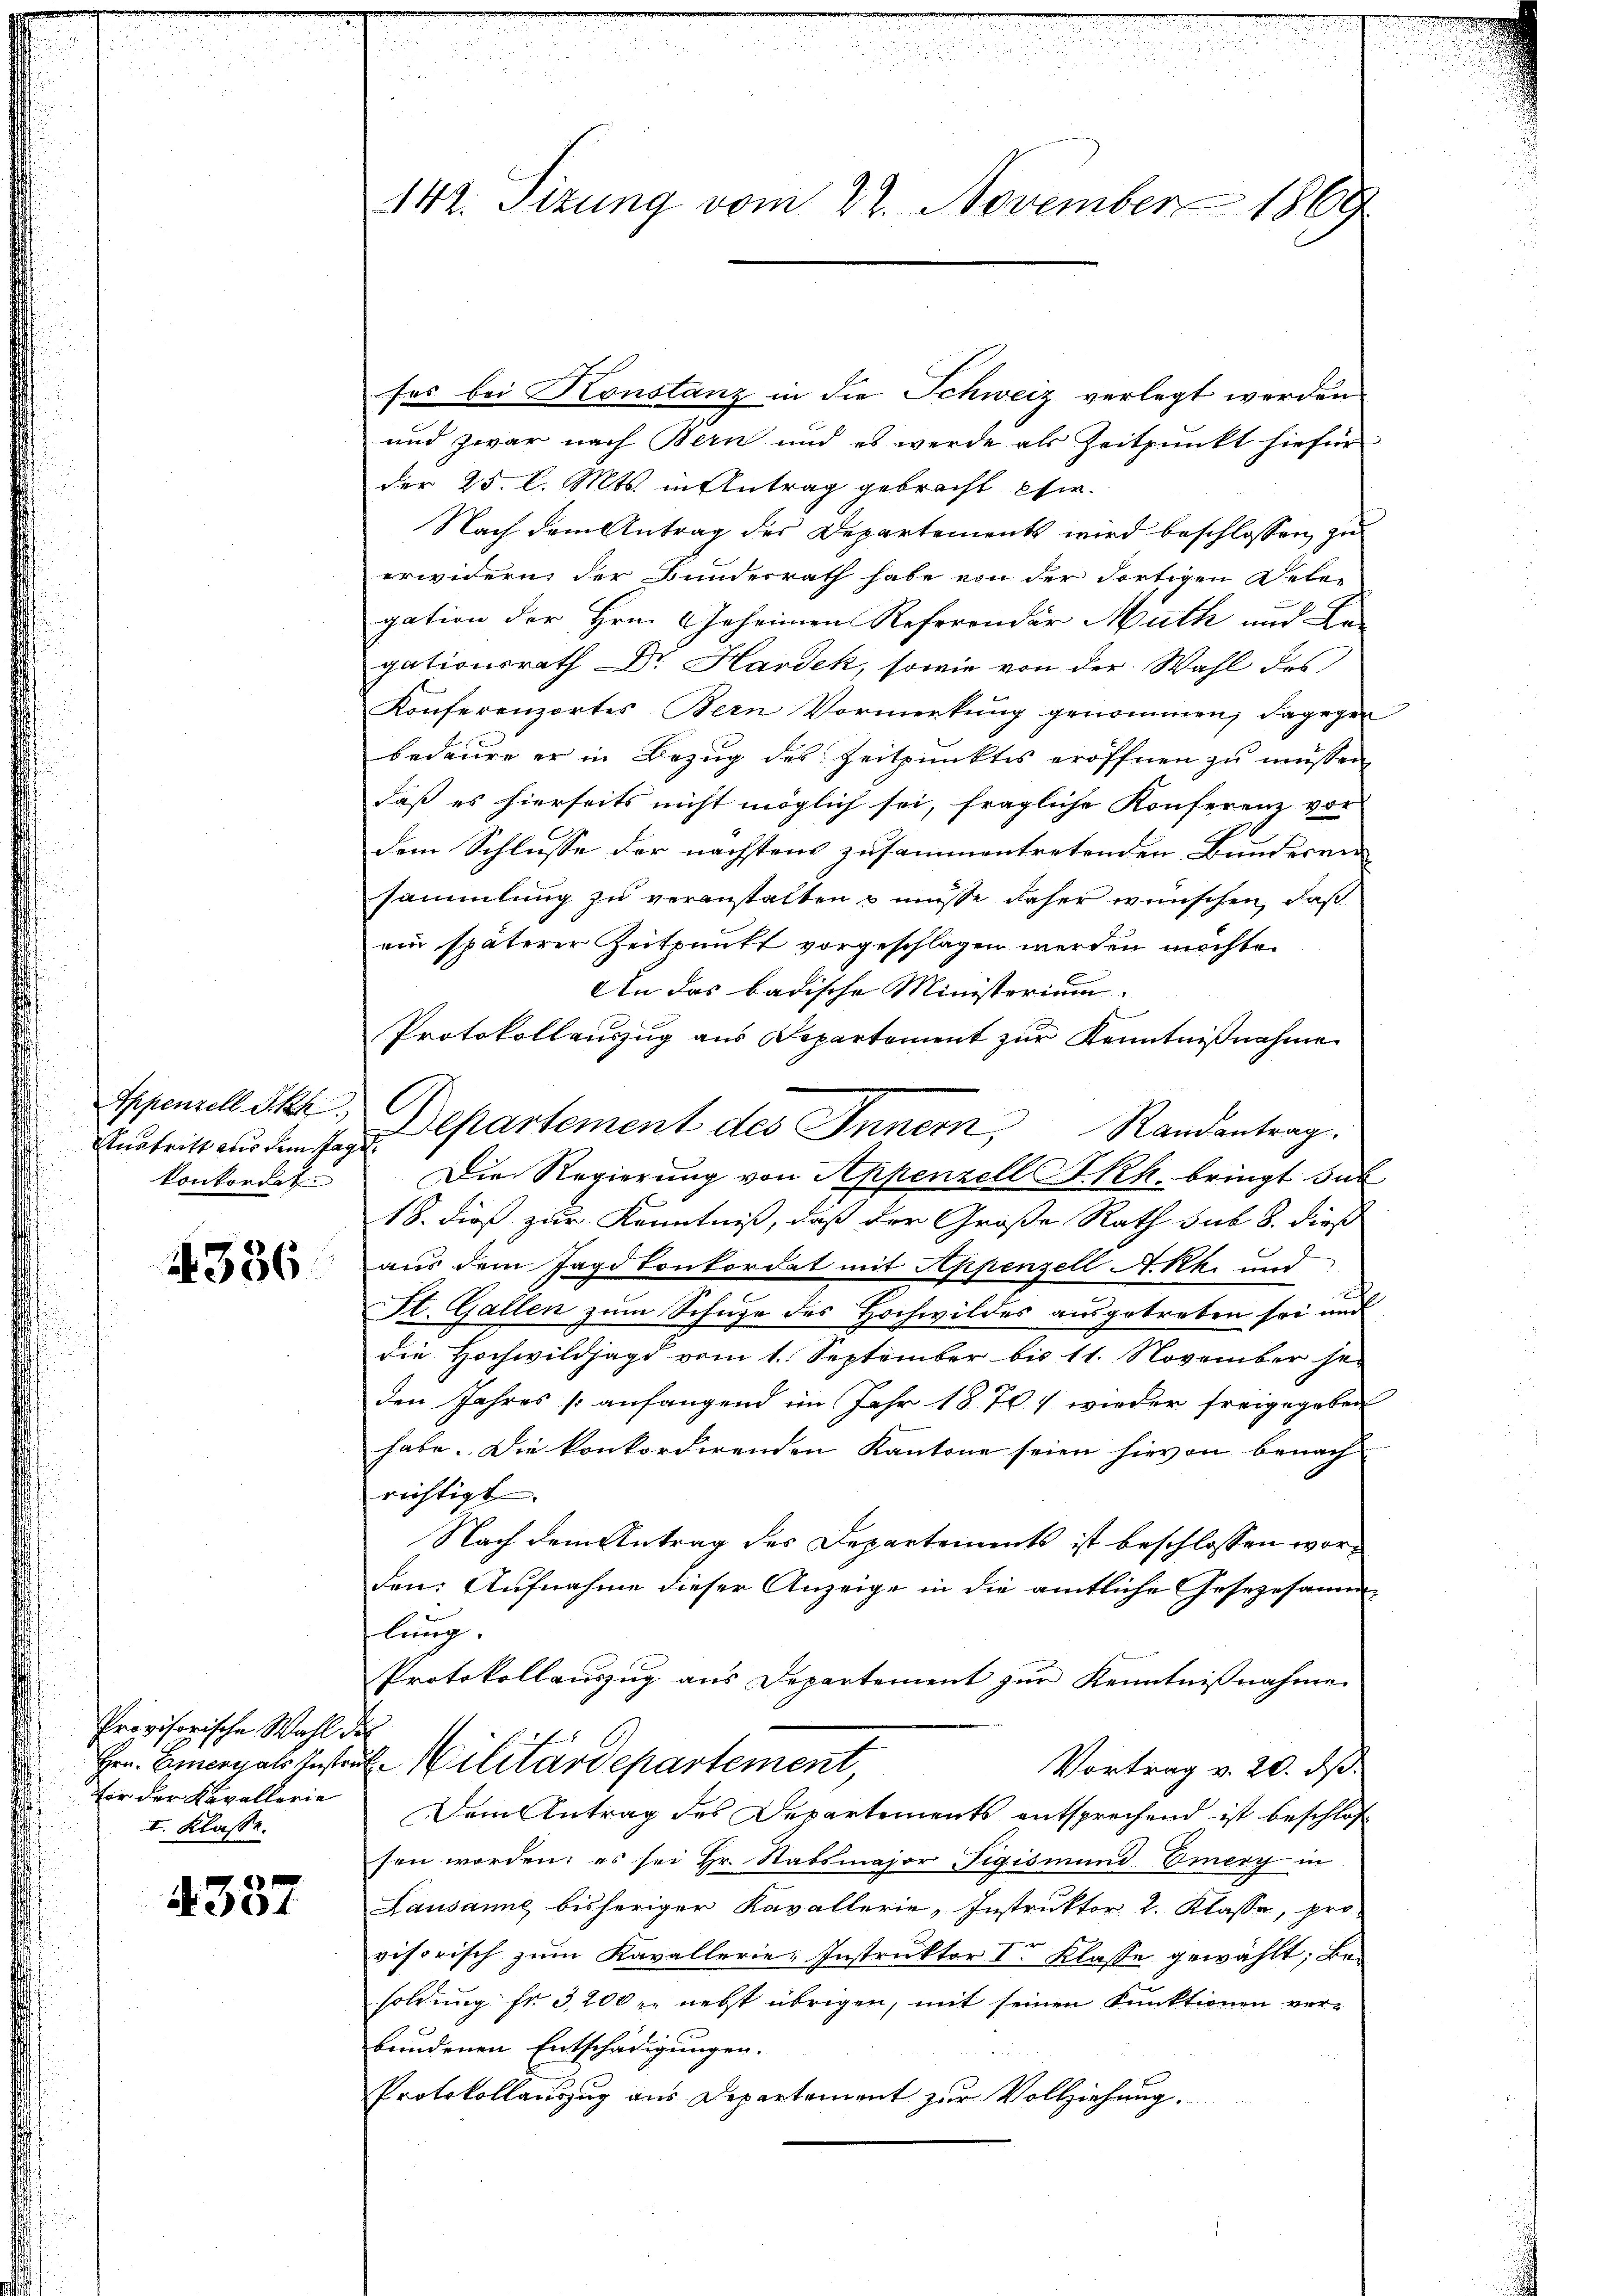
urtritt aus dem Tage
konkordat

4336

Provisorische Wahl die
Hrn. Emerials Kosten
fir der Kavallerie
I. Klasse.

4337

141. Sizung vom 22. November 1869

sos bei Konstanz in die Schweiz verlegt werden
und zwar nach Bern und es werde als Zeitpunkt hiefür
der 25. l. Mts. in Antrag gebracht wir
Nach dem Antrag des Departements wird beschlossen, zu
erwidern, der Bundesrath habe von der dortigen Deber
gation der Hrn. Geheimen Referender Muth und Be-
gationsrath Dr. Hardek, sowie von der Wahl des
Konferenzortes Bern Vormerkung genommen; dagegen
bedaure er in Bezug des Zeitpunktes eröffnen zu müssen
daß es hierseits nicht möglich sei, fragliche Konferenz vor
dem Schlusse der nächstens zusammentretenden Bunderen
sammlung zu veranstalten u müsse daher wünschen, daß
ein späterer Zeitpunkt vorgeschlagen werden möchte.
An das badische Ministerium
Protokollauszug aus Departement zur Kenntnißnahme
Appenzell Pkt. Departement des Innern, Randantrag.
Die Regierung von Appenzell A.Rh. bringt sub
18. dieß zur Kenntniss, daß der Große Rath sub 8. dieß
aus dem Jagd konkordet mit Appenzell A.Rh. und
St. Gallen zum Schule des Hochwildes ausgetreten sei und
die Hochwildhagd vom 1. September bis 11. November se
den Jahres sanfangend im Jahr 1870 wieder freigegeben
habe. Die konkordirenden Kantone seien hievon benach
richtigt
Nach dem Antrag des Departements ist beschlossen worden: Aufnahme dieser Anzeige in die amtliche Gesezesamm-
lung
Protokollauszug aus Departement zur Kenntnißnahme
2. Militärdepartement,
Vortrag v. 20. ds.
Dem Antrag des Departements entsprechend ist beschlos
sen worden; es sei Hr. Stabsmajor Figismund Emery in
Lausanne bisheriger Kavallerie, Instruktor 2. Klasse, pro-
visorisch zum Kavallerie: Instruktor I. Klasse gewählt; Besoldung fr. 3200 r. nebst übrigen, mit seinen Funktionen verbundenen Entschädigungen.
Protokollauszug aus Departement zur Vollziehung.